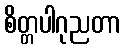
စိတ္တပါဂုညတာ